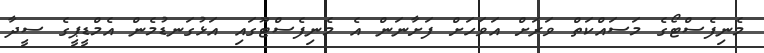
މެނިފެސްޓޯގެ މަސައްކަތް ވަރަށް އަވަހަށް ފަށާނަން އެ މެނިފެސްޓޫގައި އަޅުގަނޑުމެން އެމްޑީޕީގެ ސީދާ